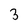
Character: 3